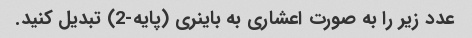
عدد زیر را به صورت اعشاری به باینری (پایه-2) تبدیل کنید.